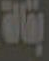
بقالة